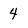
Character: 4